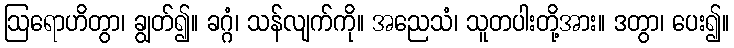
ဩရောဟိတွာ၊ ချွတ်၍။ ခဂ္ဂံ၊ သန်လျက်ကို။ အညေသံ၊ သူတပါးတို့အား။ ဒတွာ၊ ပေး၍။